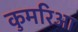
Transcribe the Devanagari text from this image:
कुमरिआ